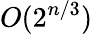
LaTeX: O(2^{n/3})